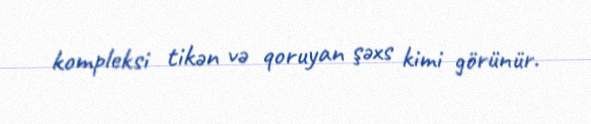
kompleksi tikən və qoruyan şəxs kimi görünür.